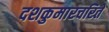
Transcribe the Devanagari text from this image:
दशकुमारचरिते